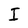
Character: I